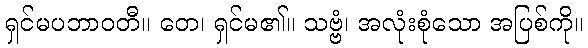
ရှင်မပဘာဝတီ။ တေ၊ ရှင်မ၏။ သဗ္ဗံ၊ အလုံးစုံသော အပြစ်ကို။